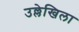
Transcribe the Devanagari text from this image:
उल्लेखिला